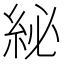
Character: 𮈊